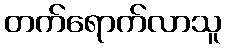
တက်ရောက်လာသူ